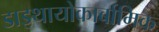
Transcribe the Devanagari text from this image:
डाइथायोकार्बामिक